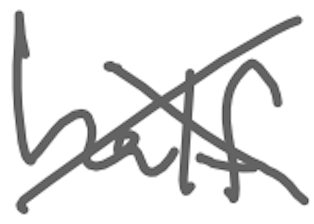
Text: half
Cross-out: cross
Writing tool: digital_gray